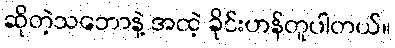
ဆိုတဲ့သဘောနဲ့ အထဲ့ ခိုင်းဟန်တူပါတယ်။